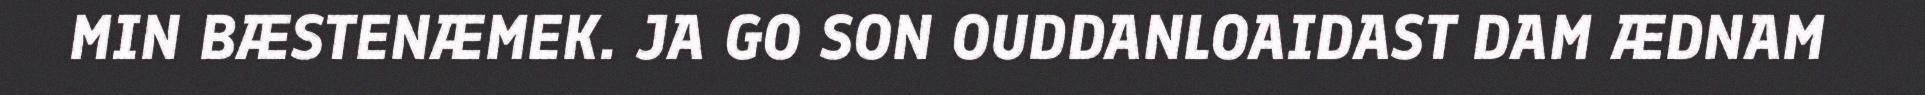
MIN BÆSTENÆMEK. JA GO SON OUDDANLOAIDAST DAM ÆDNAM